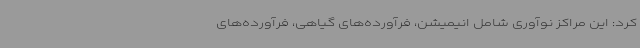
کرد: این مراکز نوآوری شامل انیمیشن، فرآورده‌های گیاهی، فرآورده‌های